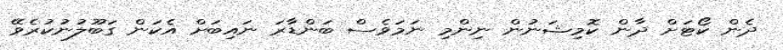
ދެން ކޯޓަށް ދާން ކޮމިޝަނުން ނިންމި ނަމަވެސް ބަންޑާރަ ނައިބަށް އެކަން ގަބޫލުނުކުރެވޭ